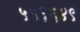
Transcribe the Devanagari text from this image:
५५६६४९